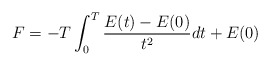
\begin{align*}F=-T\int_0^T {E(t)-E(0)\over t^2} dt+E(0) \end{align*}